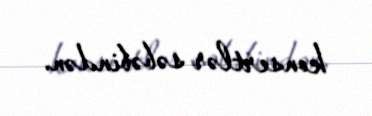
konsertlər səbəbindən.